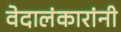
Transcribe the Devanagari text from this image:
वेदालंकारांनी